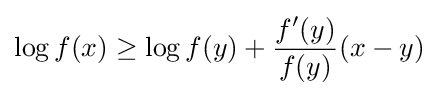
\log f(x)\geq \log f(y)+{\frac {f'(y)}{f(y)}}(x-y)